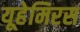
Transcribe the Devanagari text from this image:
यूहेमिरस